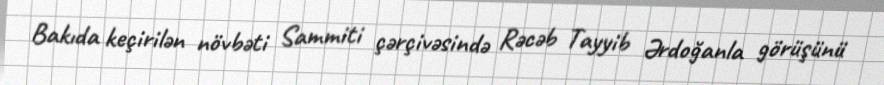
Bakıda keçirilən növbəti Sammiti çərçivəsində Rəcəb Tayyib Ərdoğanla görüşünü